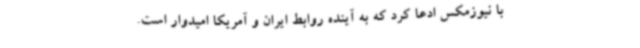
با نیوزمکس ادعا کرد که به آینده روابط ایران و آمریکا امیدوار است.